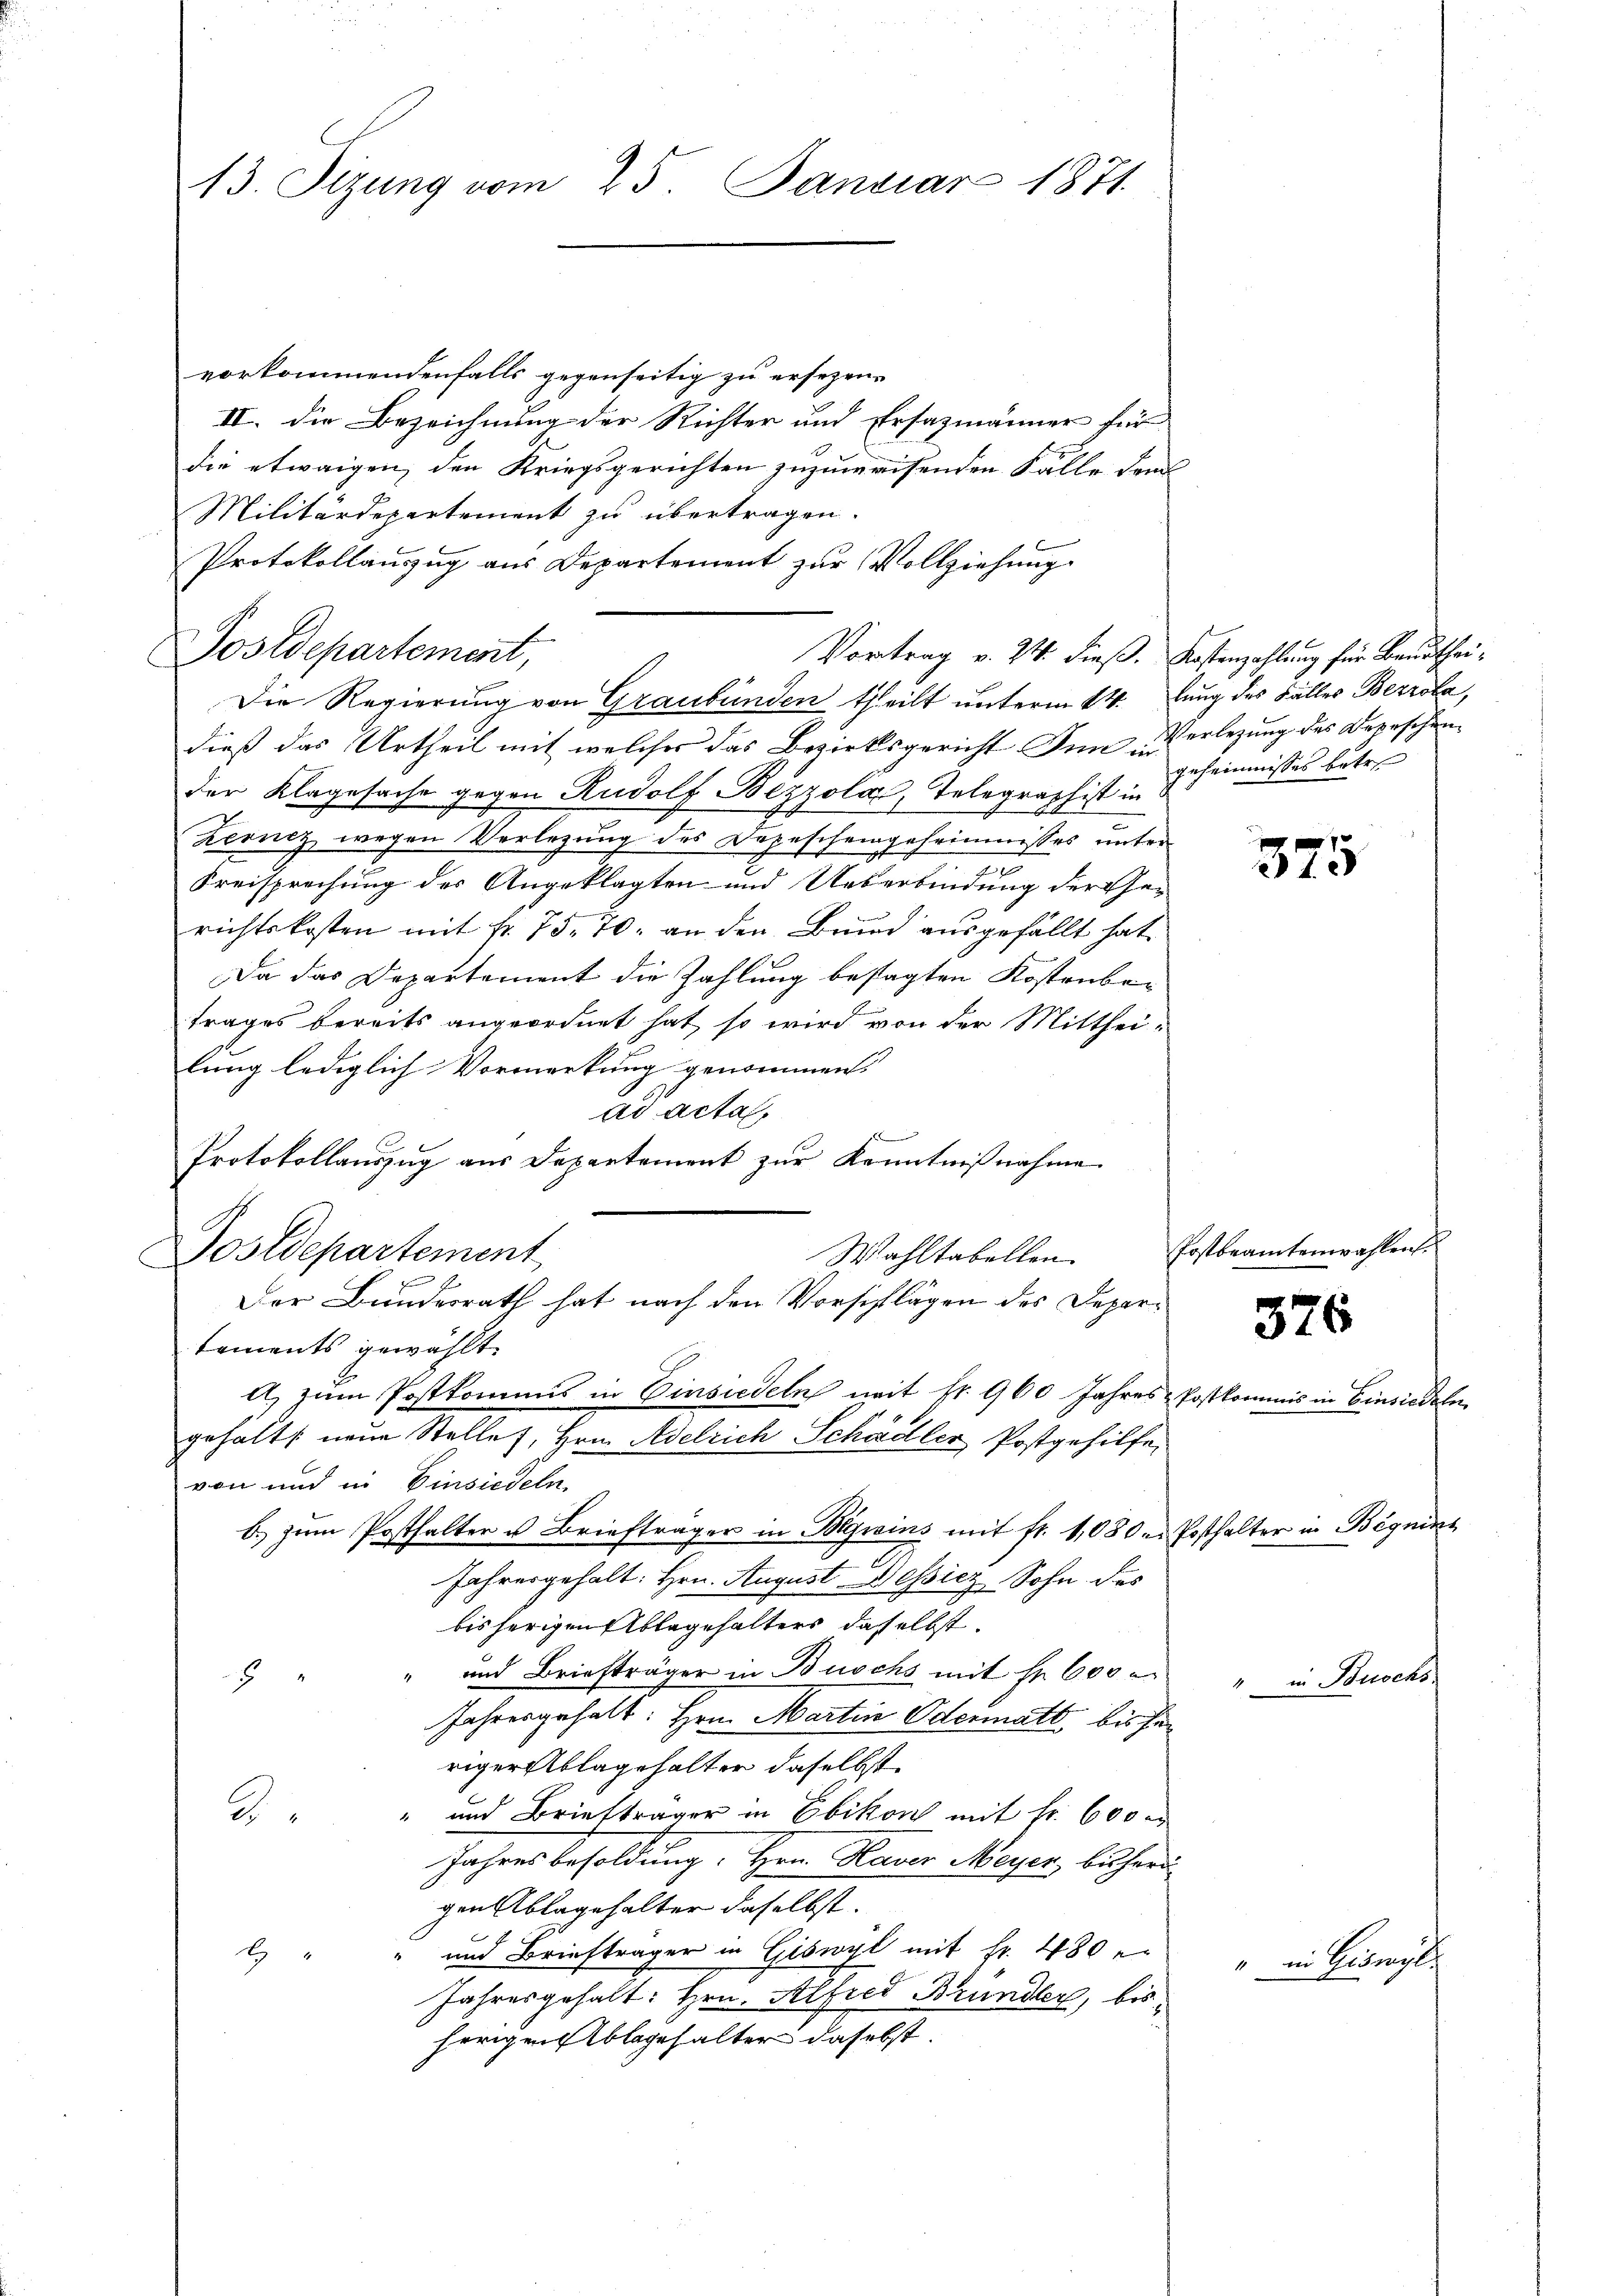
13. Sizung vom 25. Januar 1871.

vorkommendenfalls gegenseitig zu ersezen,
II. Die Bezeichnung der Richter und Ersazmänner für
die etwaigen, den Kriegsgerichten zuzuweisenden Fälle dem
Militärdepartement zu übertragen.
dieß das Urtheil mit welches das Bezirksgericht Innerlegung des Depeschen
der Klagesache gegen Rudolf Bezzola, Telegraph ist in
Zeonez wegen Verlegung des Depescheingeheimnisses unter
e
Kreisprechung der Angeklagten und Ueberbindung der Gerichtskosten mit fr. 75. 70. an den Bund ausgefällt hat.
Da das Departement die Zahlung bestagten Kostenbetrages bereits angeordnet hat, so wird von der Mitthei-
lung lediglich Vormerkung genommen.
ad acta
Protokollauszug aus Departement zur Kenntnißnahme
Postdepartement
Wahltabellen.
Der Bundesrath hat nach den Vorschlägen des Departaments gewählt.
et, zum Postkommis in Einsiedeln mit fr. 960 Jahres Postkommis in Einsiedeln.
gehält neue Stelles, Hrn. Adelrich Schädler Postgehilfe.
von und in Einsiedeln,
b. zum Posthalter u. Briefträger in Begrains mit fr. 1080 er Posthalter in Begnis
d
Jahresgehalt: Hrn. August Dessitz Sohn des
bisherigen Ablagehalters daselbst.
" und Briefträger in Buschs mit Fr. 600 r
2
Jahresgehalt: Hrn. Martin Odermatt, bisher
riger Ablagehalter daselbst
2
" und Briefträger in Ebikon mit Fr. 600 r
Jahres besoldung. Herr Hauer Meyer, bisher
gen Ablagehalter daselbst.
" und Briefträger in Giswyl mit Fr. 480 e
r
Jahresgehalt: Hrn. Alfred Bründler, bisherigen Ablagehalter daselst.

Postdepartement,

Protokollaŭszŭg aŭs Departement zŭr Vollziehŭng
Vortrag v. 24. dieß. Kostenzahlung für Beurthei¬
Die Regierung von Graubünden theilt unterm 14. Jung des Fälles Bezzola,

geheimnisses betr.

375

Postbeamtenwahlen.

376

Buochs

in Kempth